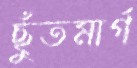
ছুঁতমার্গ